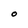
Character: O